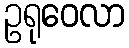
ဥရုဝေလာ